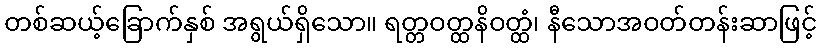
တစ်ဆယ့်ခြောက်နှစ် အရွယ်ရှိသော။ ရတ္တဝတ္ထနိဝတ္ထံ၊ နီသောအဝတ်တန်းဆာဖြင့်